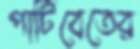
পাটিবেতের